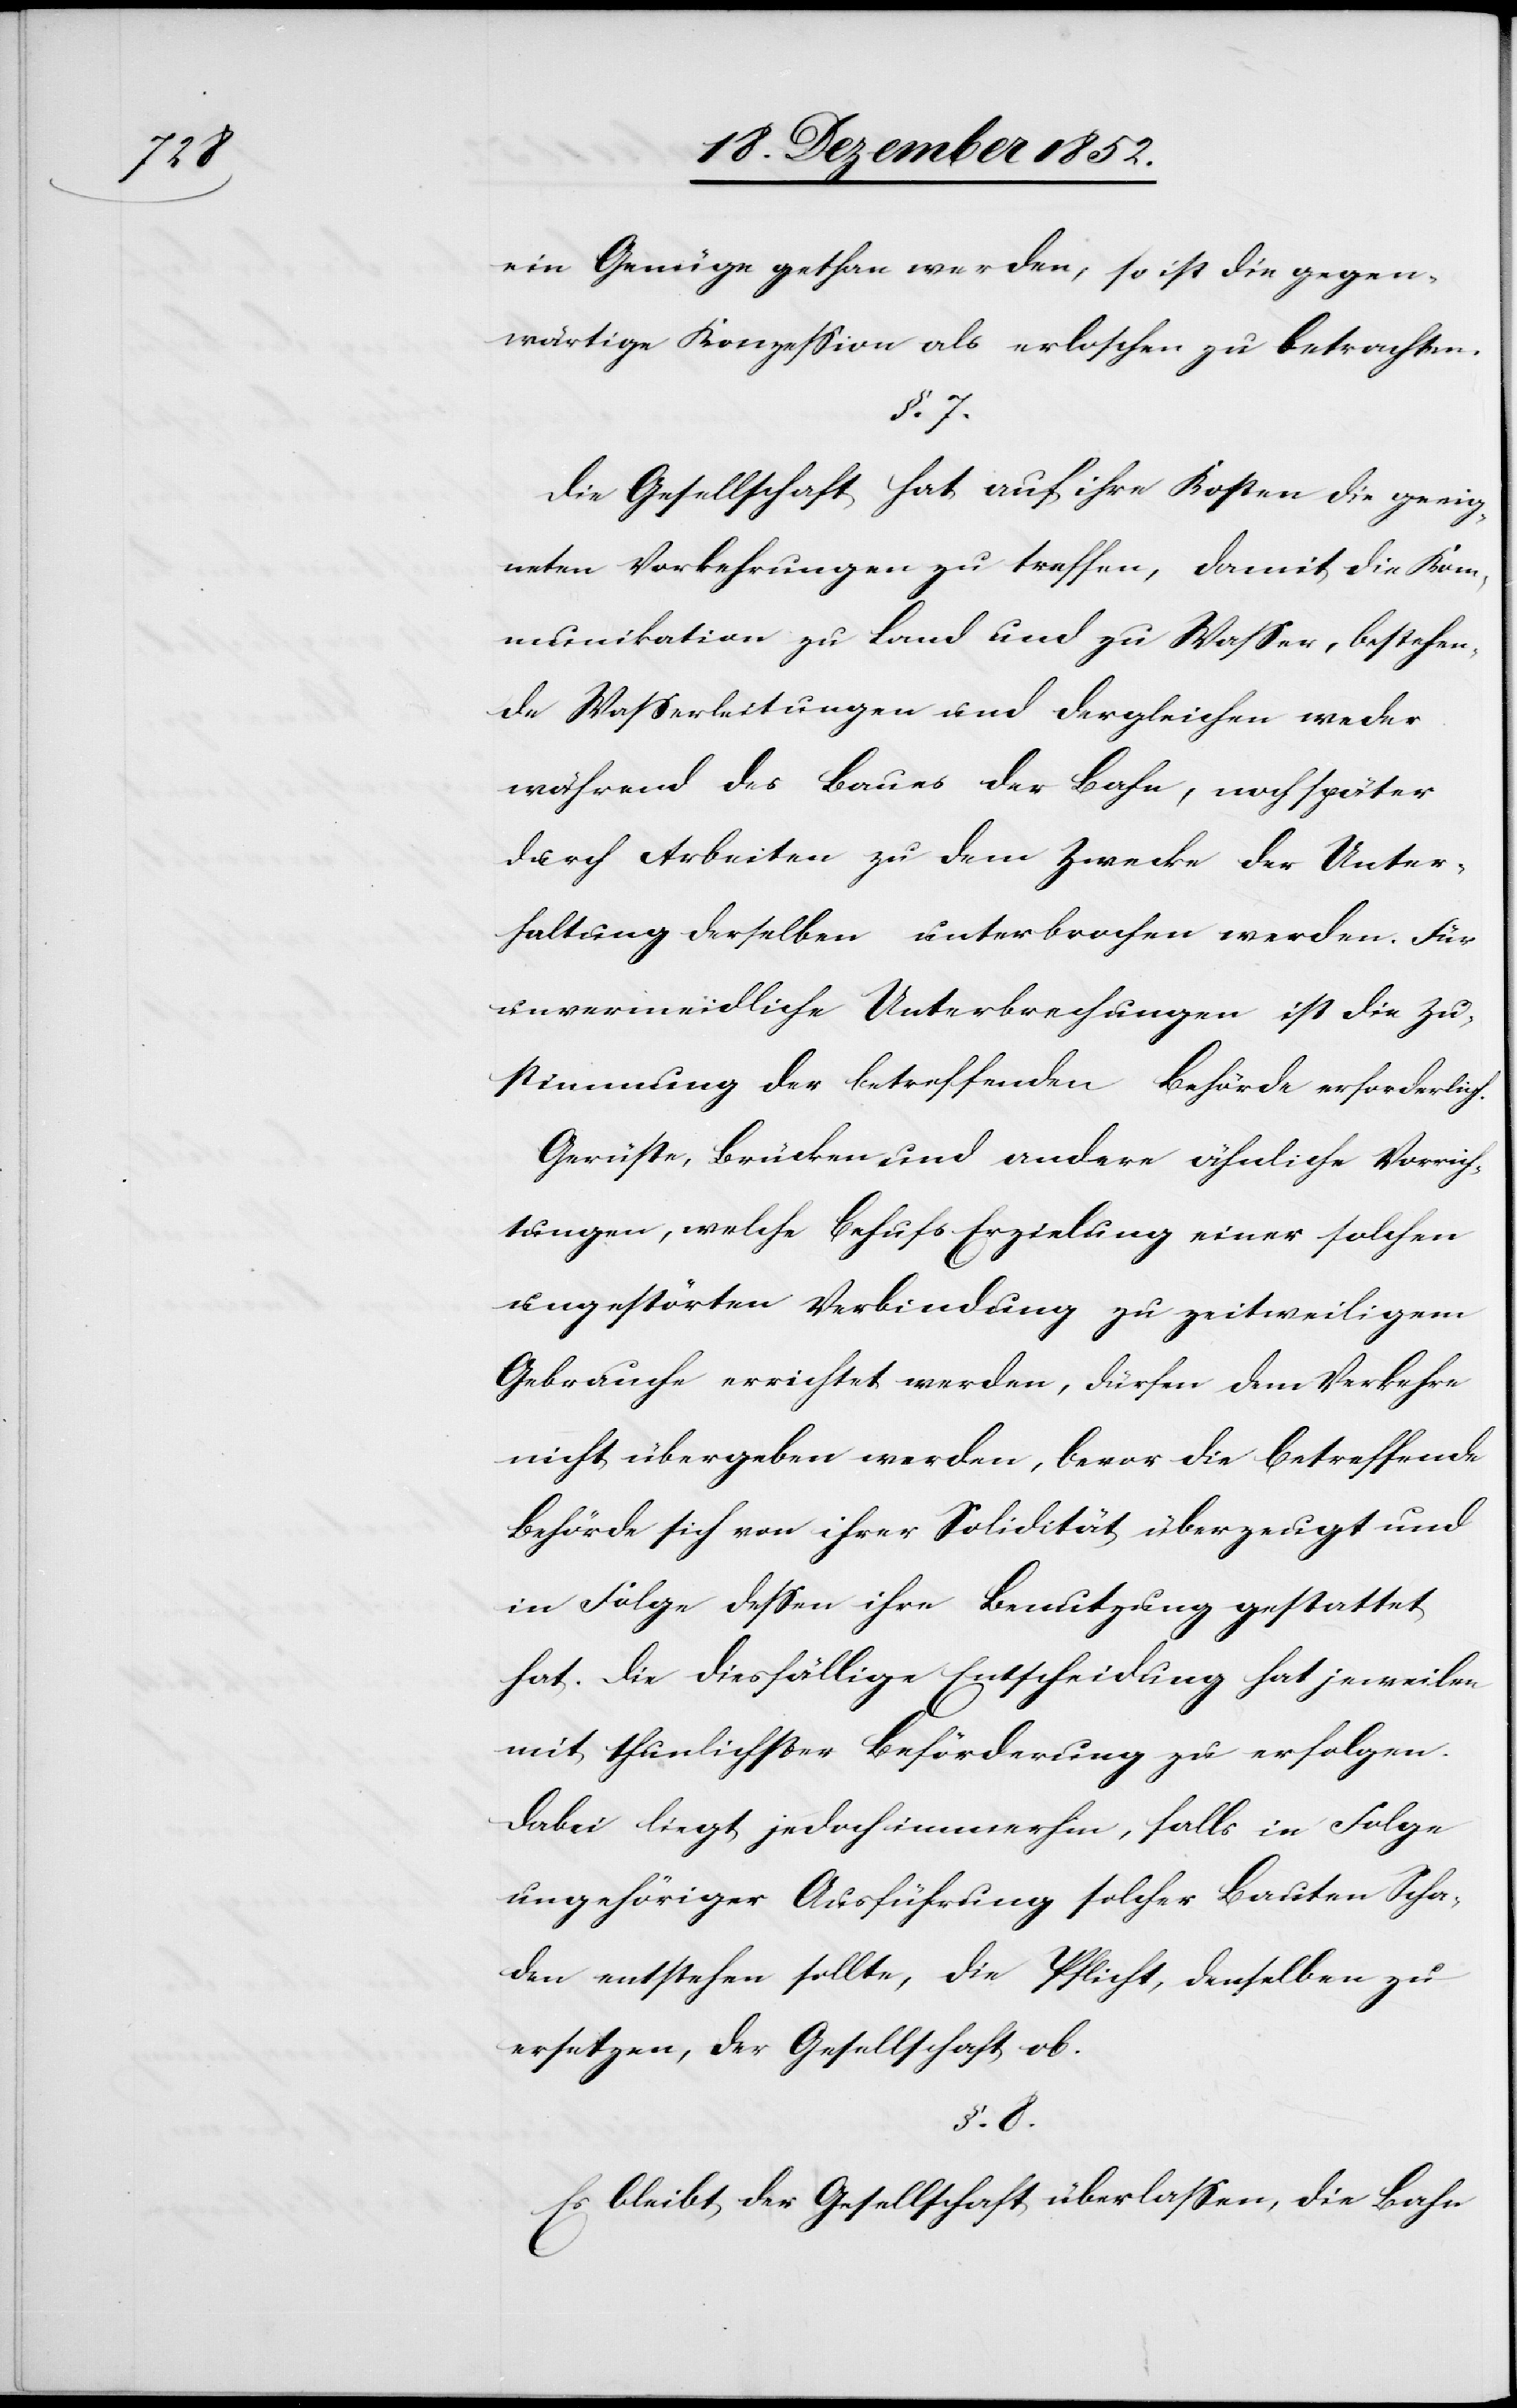
ein Genüge gethan werden, so ist die gegen¬
wärtige Konzession als erloschen zu betrachten.
§. 7.
Die Gesellschaft hat auf ihre Kosten die geeig¬
neten Vorkehrungen zu treffen, damit die Kom¬
munikation zu Land und zu Wasser, bestehen¬
de Wasserleitungen und dergleichen weder
während des Baues der Bahn, noch später
durch Arbeiten zu dem Zwecke der Unter¬
haltung derselben unterbrochen werden. Für
unvermeidliche Unterbrechungen ist die Zu¬
stimmung der betreffenden Behörde erforderlich.
Gerüste, Brücken und andere ähnliche Vorrich¬
tungen, welche behufs Erzielung einer solchen
ungestörten Verbindung zu zeitweiligem
Gebrauche errichtet werden, dürfen dem Verkehre
nicht übergeben werden, bevor die betreffende
Behörde sich von ihrer Solidität überzeugt und
in Folge dessen ihre Benutzung gestattet
hat. Die diesfällige Entscheidung hat jeweilen
mit thunlichster Beförderung zu erfolgen.
Dabei liegt jedoch immerhin, falls in Folge
ungehöriger Ausführung solcher Bauten Scha¬
den entstehen sollte, die Pflicht, denselben zu
ersetzen, der Gesellschaft ob.
§. 8.
Es bleibt der Gesellschaft überlassen, die Bahn